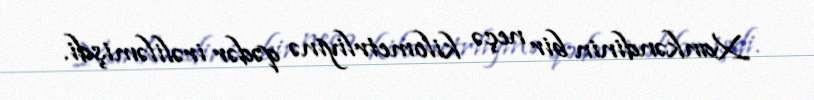
Xankəndinin bir neçə kilometrliyinə qədər irəliləmişdi.